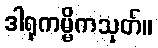
ဒါရုကမ္မိကသုတ်။